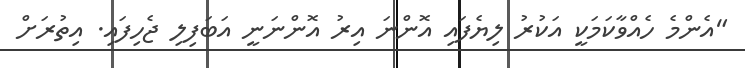
"އެންމެ ހެއްވާކަމަކީ އަކުރު ލިޔެފައި އޮންނަ އިރު އޮންނަނީ އަބަފިލި ޖެހިފައި. އިތުރަށް